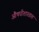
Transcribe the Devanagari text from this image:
औषधीशास्त्रात